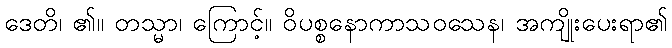
ဒေတိ၊ ၏။ တသ္မာ၊ ကြောင့်။ ဝိပစ္စနောကာသဝသေန၊ အကျိုးပေးရာ၏